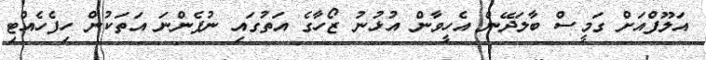
އަލޫފްއަށް ގަމީސް ބާލަދޭން އެހީވާން އުޅުނު ޒޯހާގެ އަތުގައި ނުފެންނަ އަތަކުން ހިފެހެއްޓި